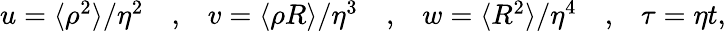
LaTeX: \begin{array}{ccccccc}{{u=\langle\rho^{2}\rangle/\eta^{2}}}&{{,}}&{{v=\langle\rho R\rangle/\eta^{3}}}&{{,}}&{{w=\langle R^{2}\rangle/\eta^{4}}}&{{,}}&{{\tau=\eta t,}}\end{array}